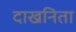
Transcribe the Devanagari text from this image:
दाखनिता